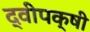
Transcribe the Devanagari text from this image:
द्वीपक्षी